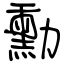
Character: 勳